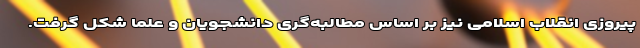
پیروزی انقلاب اسلامی نیز بر اساس مطالبه‌گری دانشجویان و علما شکل گرفت.